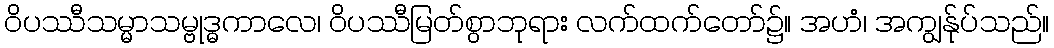
ဝိပဿီသမ္မာသမ္ဗုဒ္ဓကာလေ၊ ဝိပဿီမြတ်စွာဘုရား လက်ထက်တော်၌။ အဟံ၊ အကျွန်ုပ်သည်။